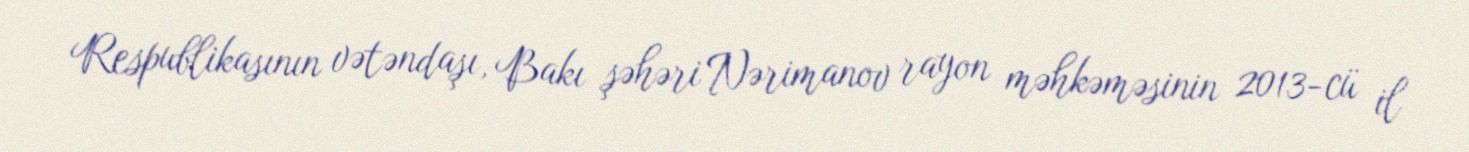
Respublikasının vətəndaşı, Bakı şəhəri Nərimanov rayon məhkəməsinin 2013-cü il